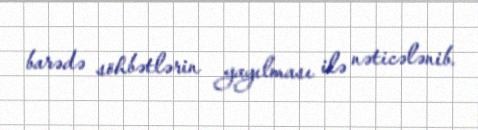
barədə söhbətlərin yayılması ilə nəticələnib.